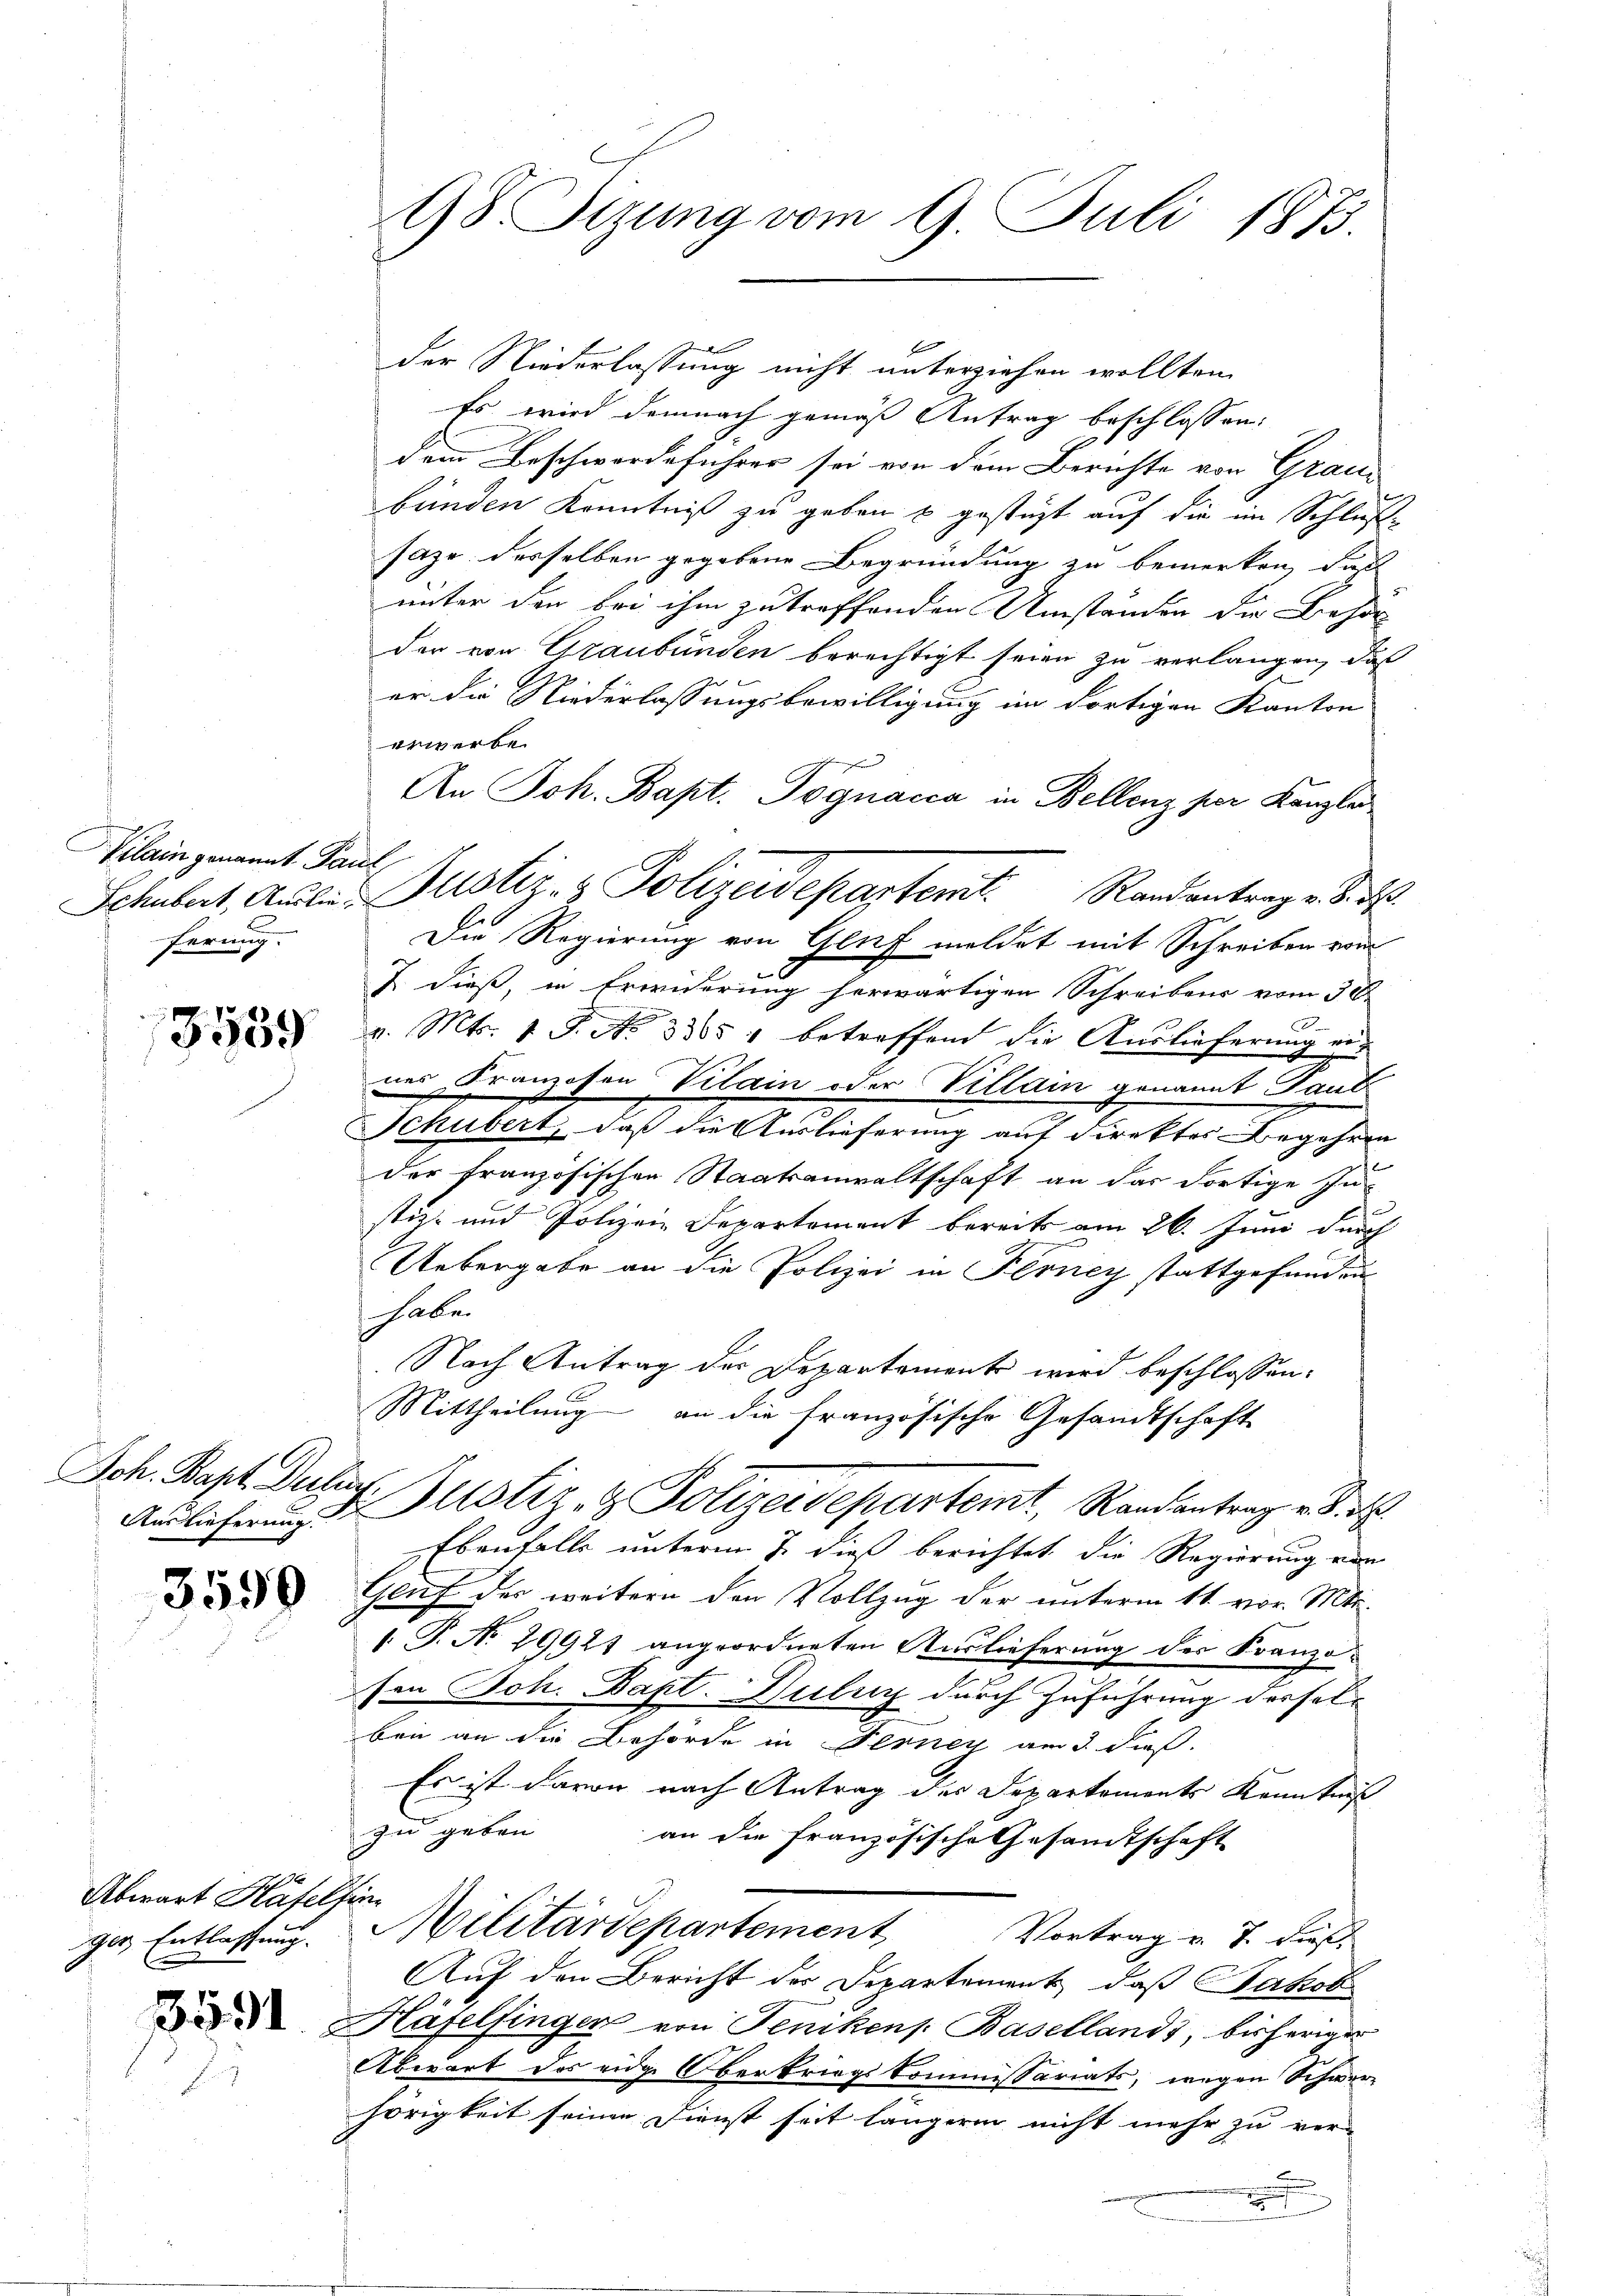
Vilain genannt Paul
ferung.

3539

Auslieferung.

3599

Abwart Häfelsine

98. Sitzung vom 9. Juli 1873.

der Niederlassung nicht unterziehen wollten.
Es wird demnach gemäß Antrag beschlossen:
dem Beschwerdeführer sei von dem Berichte von Grau-
bünden Kenntniß zu geben u gestützt auf die im Schlußsaze desselben gegebene Begründung zu bemerken, daß
unter den bei ihm zu treffenden Umständen der Behör
der von Graubünden berechtigt seien zu verlangen, daß
er die Niederlassungsbewilligung im dortigen Kanton
erwerbe
e
An Joh. Bapt. Jognacca in Bellenz per Kanzle
Die Regierung von Gluf meldet mit Schreiben von
e
J. dieß, in Erwiderung herwärtigen Schreibens vom 30.
v. Mts. 1 S. No 3305 1 betreffend die Auslieferung ei
nes Kranzosen Vilain oder Villain genannt Paul
e
Schubert, daß die Auslieferung auf direktes Begehren
der französischen Staatsanwaltschaft an das dortige In-
stiz- und Polizei-Departement bereits am 26. Juni durch
Uebergabe an die Polizei in Ferney stattgefunden
 haben
Nach Antrag der Departement wird beschlossen:
Mittheilung an die französische Gesandtschaft
Jch. Bapt. Dubs, Justiz- & Polizeidepartemt, Randantrag u. d. d.
Ebenfalls unterm 7. dieß berichtet die Regierung von
Gluf der weitern der Vollzug der unterm 11. vor. Mts.
 P. No 29921 angeordneten Auslieferung der Franzosen Joh. Bapt. Huluy durch Zuführung derselben an die Behörde in Ferner am 3. dieß.
Es ist davon nach Antrag der Departements Kenntniß
zu geben an die französische Gesandtschaft
ger Entlassung. Militärdepartement
Vortrag v. J. dieß,
Auf den Bericht der Departement, daß Jakob
 Häfelsingen von Jenikens. Basellands, bisheriger
Abwart des eidg. Oberkriegskommissariats, wegen Schwerhörigkeit seinen Dienst seit längerin nicht mehr zu ver-
n

Schubert, Ausler Justiz- & Polizeidepartemt. Randantrag v. d. d.